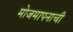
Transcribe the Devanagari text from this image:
मोजमापनाची